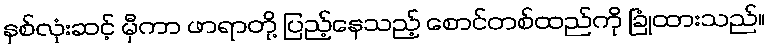
နှစ်လုံးဆင့် မှီကာ ဖာရာတို့ ပြည့်နေသည့် စောင်တစ်ထည်ကို ခြုံထားသည်။